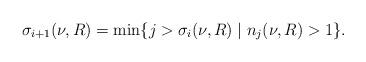
LaTeX: \begin{align*} \sigma_{i+1}(\nu,R)=\min\{j>\sigma_i(\nu,R)\mid n_j(\nu,R)>1\}. \end{align*}